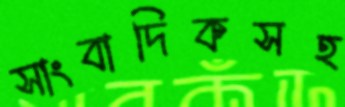
সাংবাদিকসহ